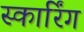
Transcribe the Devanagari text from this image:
स्कार्रिंग